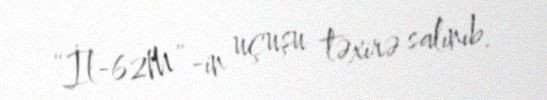
“İl-62M”-in uçuşu təxirə salınıb.